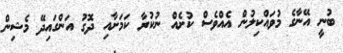
ބުނީ އޭނާގެ މުވައްކިލުން އެއްވެސް ކުށެއް ނުކުރާ ކަމަށާއި ދޮގު އަންގައިދޭ މެޝިން